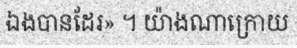
ឯងបានដែរ» ។ យ៉ាងណាក្រោយ